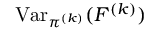
\operatorname { V a r } _ { \pi ^ { ( k ) } } ( F ^ { ( k ) } )